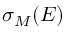
\sigma _ { M } ( E )